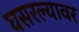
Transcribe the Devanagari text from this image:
घसरल्यावर